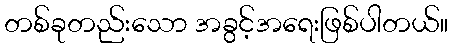
တစ်ခုတည်းသော အခွင့်အရေးဖြစ်ပါတယ်။